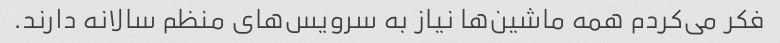
فکر می‌کردم همه ماشین‌ها نیاز به سرویس‌های منظم سالانه دارند.